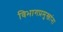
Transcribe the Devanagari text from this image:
विभागप्रमुखांना